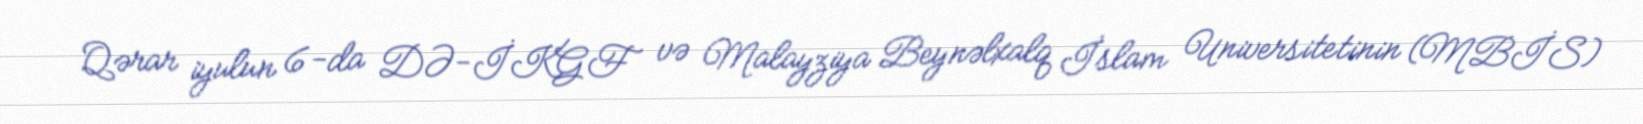
Qərar iyulun 6-da DƏ-İKGF və Malayziya Beynəlxalq İslam Universitetinin (MBİS)